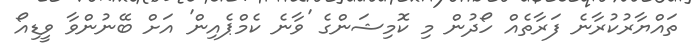
ތައްޔާރުކުރާނެ ފަރާތެއް ހޯދުން މި ކޮމިޝަންގެ 'ވާނެ ކެމްޕެއިން' އަށް ބޭނުންވާ ވީޑިއޯ